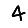
Digit: 4